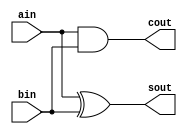
module half_adder(
ain,bin,sout,cout);

input ain,bin;
output sout,cout;


assign sout=ain^bin;
assign cout=(ain&bin);

endmodule